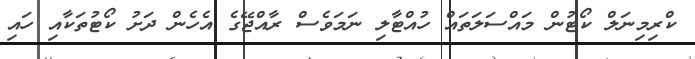
ކްރިމިނަލް ކޯޓުން މައްސަލަތައް ހުއްޓާލި ނަމަވެސް ރާއްޖޭގެ އެހެން ދަށު ކޯޓުތަކާއި ހައި